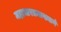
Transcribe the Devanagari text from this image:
महाभारतमाख्यानं